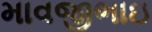
માવજીભાઇ